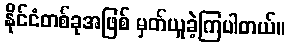
နိုင်ငံတစ်ခုအဖြစ် မှတ်ယူခဲ့ကြပါတယ်။